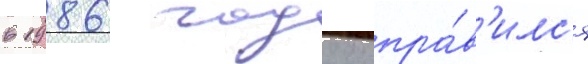
в 1986 году отпра́в'илс'я